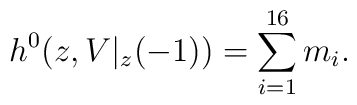
h^{0}(z, V|_{z}(-1)) = \sum_{i=1}^{16} m_i.